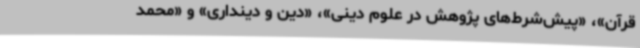
قرآن»، «پیش‌شرط‌های پژوهش در علوم دینی»، «دین و دینداری» و «محمد